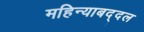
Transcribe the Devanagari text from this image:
महिन्याबद्दल